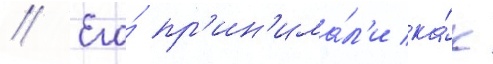
// Его́ пр'ин'има́л'и ка́к